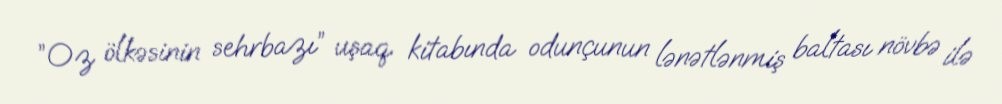
”Oz ölkəsinin sehrbazı” uşaq kitabında odunçunun lənətlənmiş baltası növbə ilə